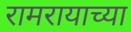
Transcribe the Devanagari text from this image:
रामरायाच्या